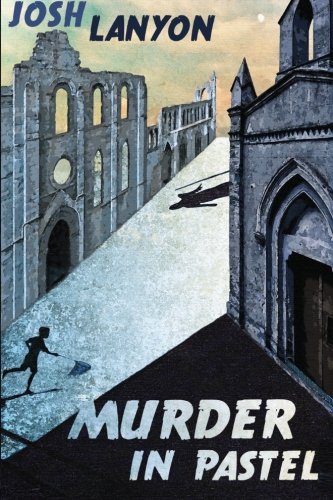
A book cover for Murder in Pastel; Josh Lanyon; Literature & Fiction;